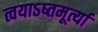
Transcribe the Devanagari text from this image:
त्वयाऽष्तमूर्त्या